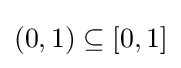
(0,1)\subseteq [0,1]